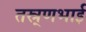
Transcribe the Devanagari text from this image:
तस्र्णभाई